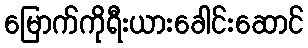
မြောက်ကိုရီးယားခေါင်းဆောင်